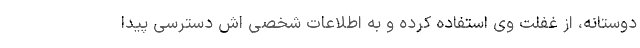
دوستانه، از غفلت وی استفاده کرده و به اطلاعات شخصی اش دسترسی پیدا